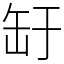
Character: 䍂